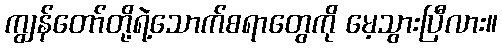
ကျွန်တော်တို့ရဲ့သောက်စရာတွေကို မေ့သွားပြီလား။